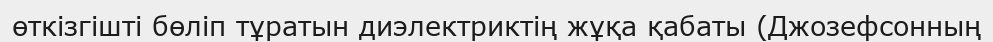
өткізгішті бөліп тұратын диэлектриктің жұқа қабаты (Джозефсонның